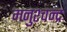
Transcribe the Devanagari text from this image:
मनुश्चन्द्रः